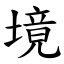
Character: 境